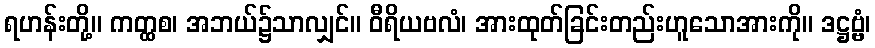
ရဟန်းတို့။ ကတ္ထစ၊ အဘယ်၌သာလျှင်။ ဝီရိယဗလံ၊ အားထုတ်ခြင်းတည်းဟူသောအားကို။ ဒဋ္ဌဗ္ဗံ၊